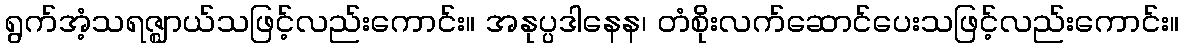
ရွက်အံ့သရဇ္ဈာယ်သဖြင့်လည်းကောင်း။ အနုပ္ပဒါနေန၊ တံစိုးလက်ဆောင်ပေးသဖြင့်လည်းကောင်း။